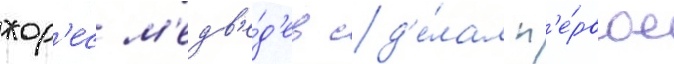
жор'ес м'едв'е́д'ев сд'е́лал п'е́рвое